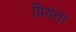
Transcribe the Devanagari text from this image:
प्रियंता